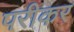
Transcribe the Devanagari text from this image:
परीकर